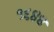
૧૬૪૪